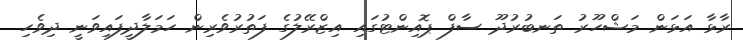
ރާޅާ އަޅަން މަޝްހޫރު ތަނބުރުދޫ ސާފް ޕޮއިންޓުގައި އިޒްރޭލުގެ ފަތުރުވެރިން ހަމަލާދީފައިވަނީ ދިވެހި